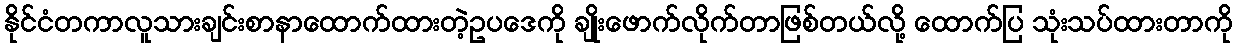
နိုင်ငံတကာလူသားချင်းစာနာထောက်ထားတဲ့ဥပဒေကို ချိုးဖောက်လိုက်တာဖြစ်တယ်လို့ ထောက်ပြ သုံးသပ်ထားတာကို